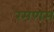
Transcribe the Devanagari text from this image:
रमणम